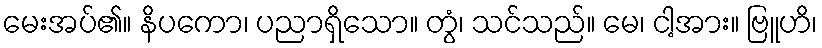
မေးအပ်၏။ နိပကော၊ ပညာရှိသော။ တွံ၊ သင်သည်။ မေ၊ ငါ့အား။ ဗြူဟိ၊